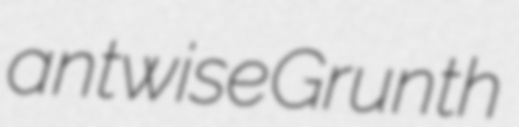
antwise Grunth